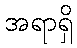
အရာရှိ